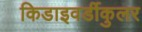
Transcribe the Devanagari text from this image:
किडाइवर्डीकुलर